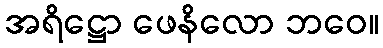
အရိဋ္ဌော ဖေနိလော ဘဝေ။